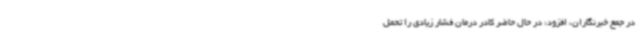
در جمع خبرنگاران، افزود: در حال حاضر کادر درمان فشار زیادی را تحمل